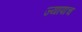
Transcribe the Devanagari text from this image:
ज्यापाच